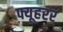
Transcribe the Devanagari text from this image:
फ्यूहरर